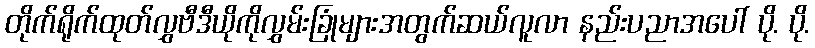
တိုက်ရိုက်ထုတ်လွှဗီဒီယိုကိုလွှမ်းခြုံများအတွက်ဆယ်လူလာ နည်းပညာအပေါ် ပို. ပို.